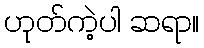
ဟုတ်ကဲ့ပါ ဆရာ။